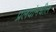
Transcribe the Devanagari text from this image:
प्रलयांमधील